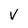
Character: v